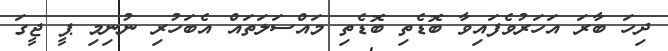
ދިހަ ބާރަ އަހަރުވެފައިވާ ބޮޑެތި ބޮޑެތި މައްސަލަތައް އެބަހުރި ނުނިމި ޕީ ޖީގަ